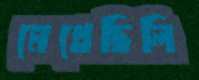
মেখেছিলি